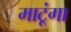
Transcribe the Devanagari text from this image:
माटूंगा